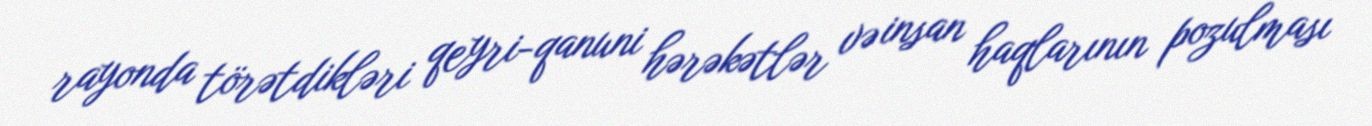
rayonda törətdikləri qeyri-qanuni hərəkətlər və insan haqlarının pozulması